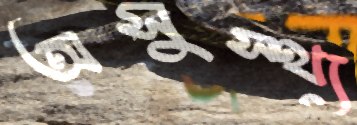
অসুস্থ্য